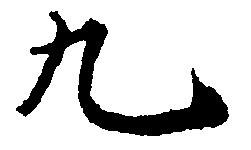
九